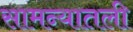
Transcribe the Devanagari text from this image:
सामन्यातली